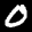
Digit: 0